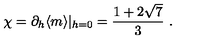
\chi = \partial _ { h } \langle m \rangle | _ { h = 0 } = \frac { 1 + 2 \sqrt { 7 } } { 3 } \ .